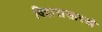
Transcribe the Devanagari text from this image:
विहारासारखे